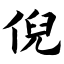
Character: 倪